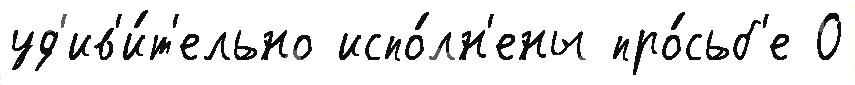
уд'ив'и́т'ельно испо́лн'ены про́сьб'е О